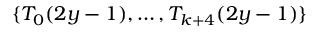
\{ T _ { 0 } ( 2 y - 1 ) , \ldots , T _ { k + 4 } ( 2 y - 1 ) \}